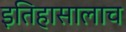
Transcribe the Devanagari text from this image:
इतिहासालाच